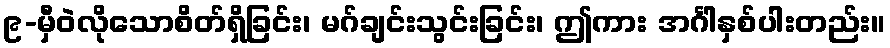
၉-မှီဝဲလိုသောစိတ်ရှိခြင်း၊ မဂ်ချင်းသွင်းခြင်း၊ ဤကား အင်္ဂါနှစ်ပါးတည်း။